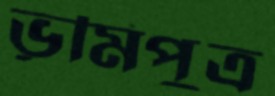
ভূমিপুত্র